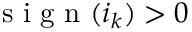
\mathrm { ~ s ~ i ~ g ~ n ~ } ( \boldsymbol { i } _ { k } ) > 0